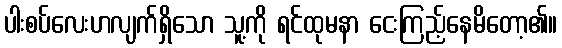
ပါးစပ်လေးဟလျက်ရှိသော သူ့ကို ရင်ထုမနာ ငေးကြည့်နေမိတော့၏။